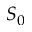
S _ { 0 }